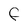
Character: F